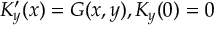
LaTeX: K _ { y } ^ { \prime } ( x ) = G ( x , y ) , K _ { y } ( 0 ) = 0